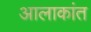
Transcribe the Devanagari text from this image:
आलाकांत